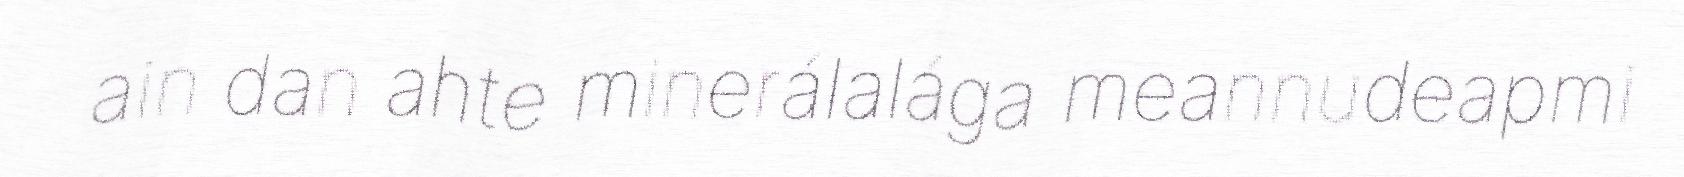
ain dan ahte minerálalága meannudeapmi